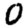
Digit: 0